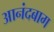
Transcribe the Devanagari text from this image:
आनंदबाग